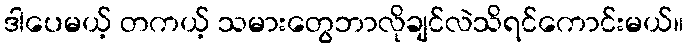
ဒါပေမယ့် တကယ့် သမားတွေဘာလိုချင်လဲသိရင်ကောင်းမယ်။